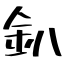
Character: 釟